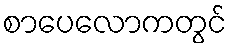
စာပေလောကတွင်